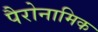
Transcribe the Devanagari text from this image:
पैरोनामिक